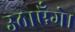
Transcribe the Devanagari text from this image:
उठाएँगे।